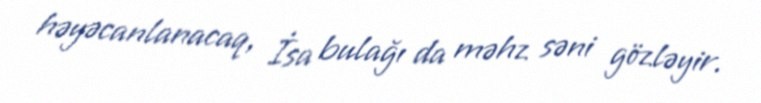
həyəcanlanacaq, İsa bulağı da məhz səni gözləyir.